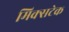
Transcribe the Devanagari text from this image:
मिक्सटेक